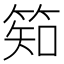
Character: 𥯌